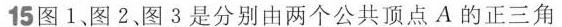
15 图1、图2、图3分别由两个公共顶点A的正三角